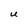
Character: U